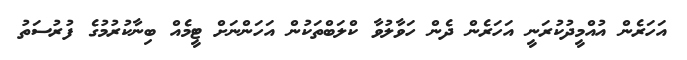
އަހަރެން އުއްމީދުކުރަނީ އަހަރެން ދެން ހަވާލުވާ ކްލަބްތަކުން އަހަންނަށް ޓީމެއް ބިނާކުރުމުގެ ފުރުސަތު